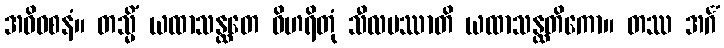
အဓိဝစနံ။ တသ္မိံ ယထာသန္ထတေ ဝိဟရိတုံ သီလမဿာတိ ယထာသန္ထတိကော။ တဿ အင်္ဂံ